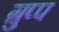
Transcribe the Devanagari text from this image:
ग्रुप्प